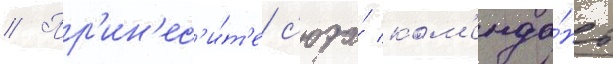
// Пр'ин'ес'и́т'е с'юда́ ком'енда́нт